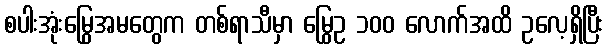
စပါးအုံးမြွေအမတွေက တစ်ရာသီမှာ မြွေဥ ၁၀၀ လောက်အထိ ဥလေ့ရှိပြီး